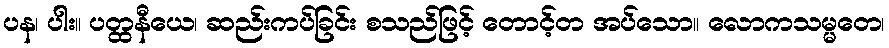
ပန၊ ပါး။ ပတ္ထနီယေ၊ ဆည်းကပ်ခြင်း စသည်ဖြင့် တောင့်တ အပ်သော။ လောကသမ္မတေ၊